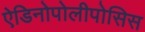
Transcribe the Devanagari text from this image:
ऐडिनोपोलीपोसिस